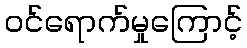
ဝင်ရောက်မှုကြောင့်